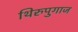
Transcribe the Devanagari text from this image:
थिरुपुगाज